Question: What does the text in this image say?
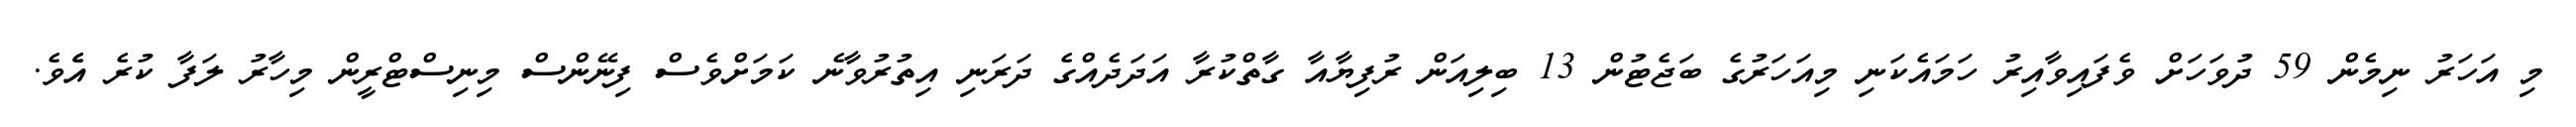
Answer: މި އަހަރު ނިމެން 59 ދުވަހަށް ވެފައިވާއިރު ހަމައެކަނި މިއަހަރުގެ ބަޖެޓުން 13 ބިލިއަން ރުފިޔާއާ ގާތްކުރާ އަދަދެއްގެ ދަރަނި އިތުރުވާނެ ކަމަށްވެސް ފިނޭންސް މިނިސްޓްރީން މިހާރު ލަފާ ކުރެ އެެވެ.